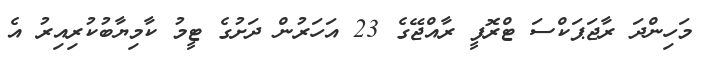
މަހިންދަ ރާޖަޕަކްސަ ޓްރޮފީ ރާއްޖޭގެ 23 އަހަރުން ދަށުގެ ޓީމު ކާމިޔާބުކުރިއިރު އެ